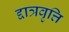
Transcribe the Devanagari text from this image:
द्दात्रवृत्ति